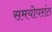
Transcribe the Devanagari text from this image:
समयोपरांत